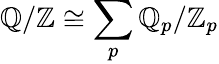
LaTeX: \mathbb{Q}/\mathbb{Z}\cong\sum_{p}\mathbb{Q}_{p}/\mathbb{Z}_{p}